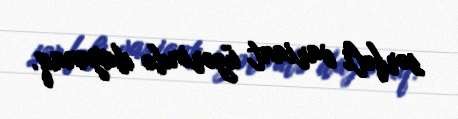
sərfəli variant üzərində dayanaq.